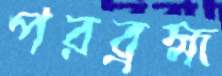
পরব্রহ্ম